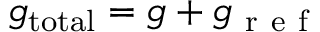
g _ { \mathrm { t o t a l } } = g + g _ { \mathrm { ~ r ~ e ~ f ~ } }